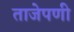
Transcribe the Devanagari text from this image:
ताजेपणी